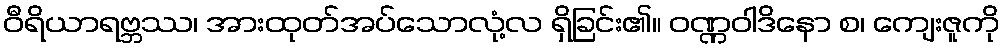
ဝီရိယာရဗ္ဘဿ၊ အားထုတ်အပ်သောလုံ့လ ရှိခြင်း၏။ ဝဏ္ဏဝါဒိနော စ၊ ကျေးဇူကို